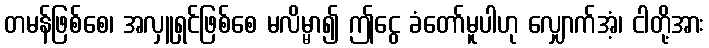
တမန်ဖြစ်စေ၊ အလှူရှင်ဖြစ်စေ မလိမ္မာ၍ ဤငွေ ခံတော်မူပါဟု လျှောက်အံ့၊ ငါတို့အား